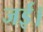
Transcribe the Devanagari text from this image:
जई।